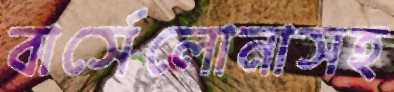
বার্সেলোনাসহ